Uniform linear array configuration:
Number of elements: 12
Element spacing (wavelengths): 0.5
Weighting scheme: kaiser
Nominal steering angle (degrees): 60
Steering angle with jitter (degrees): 58.529
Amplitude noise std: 0.05
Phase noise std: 0.05

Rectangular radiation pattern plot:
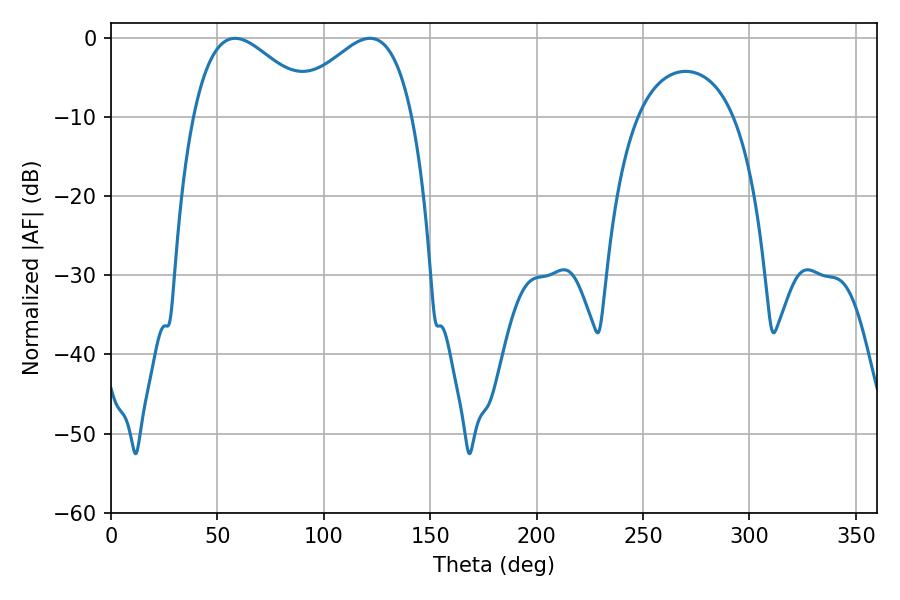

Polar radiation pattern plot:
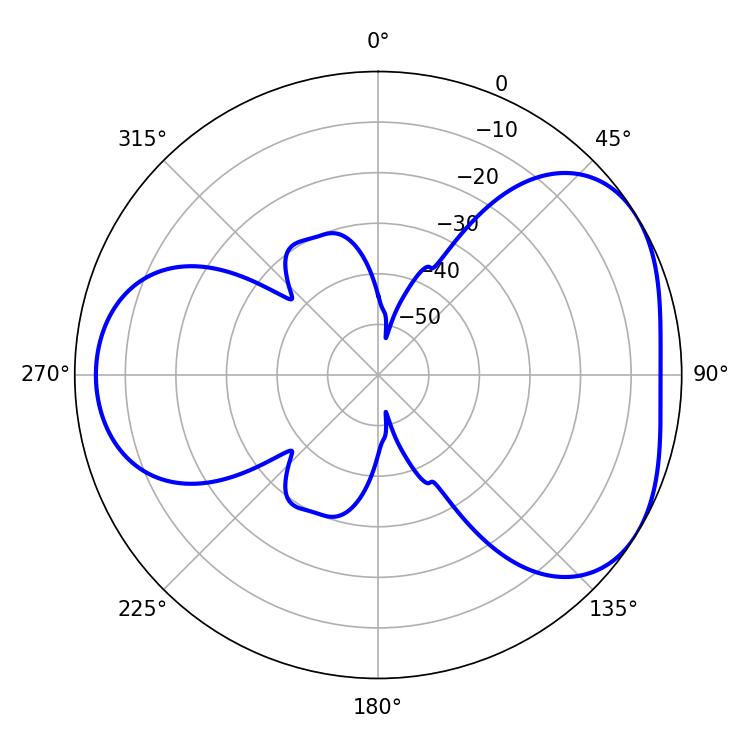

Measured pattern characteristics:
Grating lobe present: FALSE
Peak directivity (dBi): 4.17
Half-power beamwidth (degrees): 31.5
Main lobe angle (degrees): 58.32